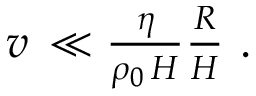
\begin{array} { r } { v \, \ll \frac { \eta } { \rho _ { 0 } \, H } \frac { R } { H } \ . \ } \end{array}